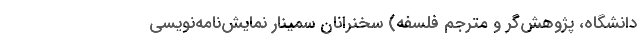
دانشگاه، پژوهش‌گر و مترجم فلسفه) سخنرانان سمینار نمایش‌نامه‌نویسی